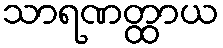
သာရဏတ္ထာယ